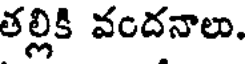
తల్లికి వందనాలు.